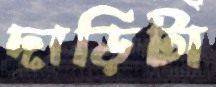
দাড়িটা